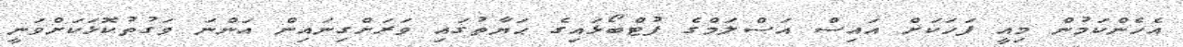
އެހެންކަމުން މިއީ ފަހަކަށް އައިސް އަސްލަމްގެ ފުޓްބޯޅައިގެ ޙަޔާތުގައި ވަރަށްގިނައިން އަންނަ ވަގުތުކޮޅަކަށްވަނީ